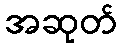
အဆုတ်